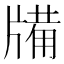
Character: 㸢